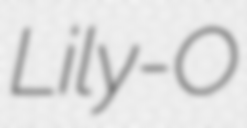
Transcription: Lily-O